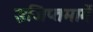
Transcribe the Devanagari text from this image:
इजिप्तमार्गे